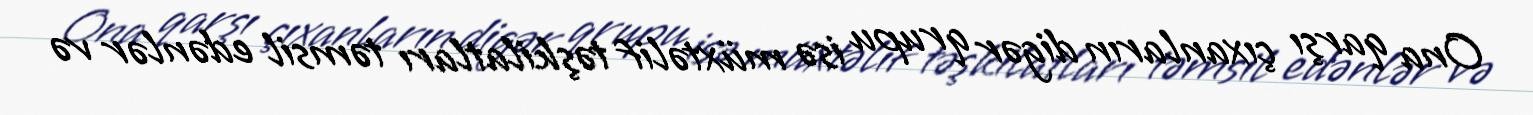
Ona qarşı çıxanların digər qrupu isə müxtəlif təşkilatları təmsil edənlər və